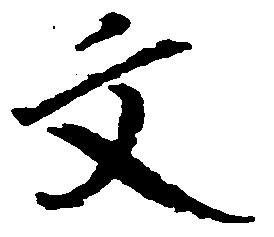
文